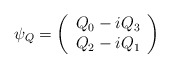
\begin{align*}\psi_{Q}=\left(\begin{array}{c}Q_0 -iQ_{3}\\Q_{2}-iQ_{1}\end{array}\right)\end{align*}